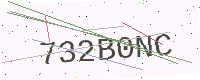
Text: 732B0NC